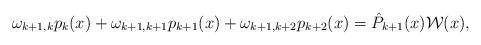
LaTeX: \begin{align*}\omega_{k+1,k}p_k(x)+\omega_{k+1,k+1}p_{k+1}(x)+\omega_{k+1,k+2}p_{k+2}(x)=\hat{P}_{k+1}(x)\mathcal{W}(x),\end{align*}